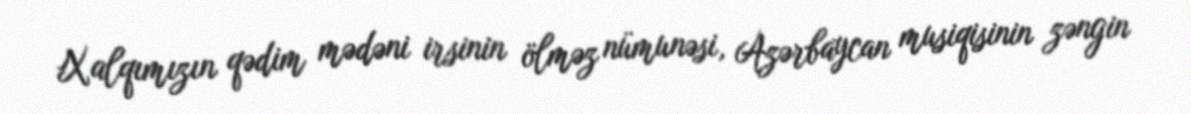
Xalqımızın qədim mədəni irsinin ölməz nümunəsi, Azərbaycan musiqisinin zəngin